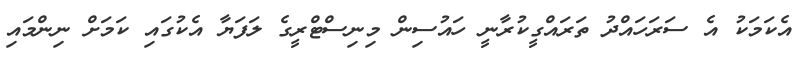
އެކަމަކު އެ ސަރަހައްދު ތަރައްގީކުރާނީ ހައުސިން މިނިސްޓްރީގެ ލަފަޔާ އެކުގައި ކަމަށް ނިންމައި